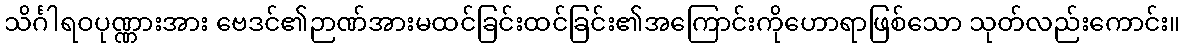
သိင်္ဂါရဝပုဏ္ဏားအား ဗေဒင်၏ဉာဏ်အားမထင်ခြင်းထင်ခြင်း၏အကြောင်းကိုဟောရာဖြစ်သော သုတ်လည်းကောင်း။